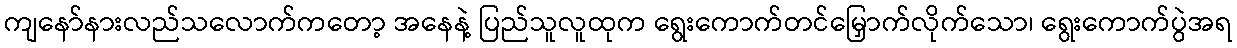
ကျနော်နားလည်သလောက်ကတော့ အနေနဲ့ ပြည်သူလူထုက ရွေးကောက်တင်မြှောက်လိုက်သော၊ ရွေးကောက်ပွဲအရ